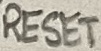
Text: RESET